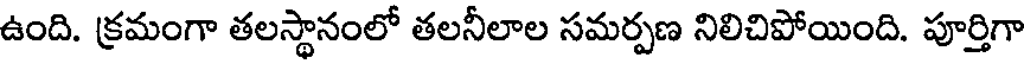
ఉంది. క్రమంగా తలస్థానంలో తలనీలాల సమర్పణ నిలిచిపోయింది. పూర్తిగా